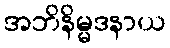
အဘိနိမ္မဒနာယ